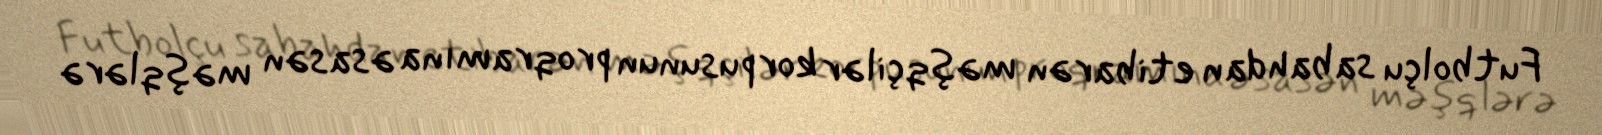
Futbolçu sabahdan etibarən məşqçilər korpusunun proqramına əsasən məşqlərə